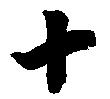
十